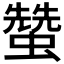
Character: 𧑯